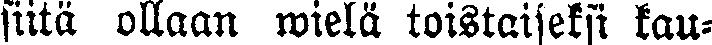
siitä ollaan wielä toistaiseksi kau-